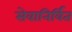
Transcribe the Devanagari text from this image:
सेवानिर्वित